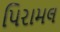
પિરામલ